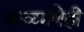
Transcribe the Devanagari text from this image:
बाळगणेही